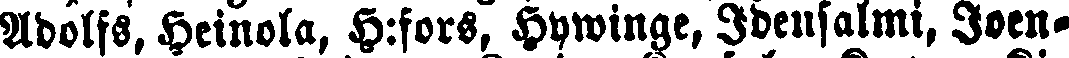
Adolfs, Heinola, H:fors, Hywinge, Idensalmi, Joen-